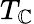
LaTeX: T_{\mathbb{C}}